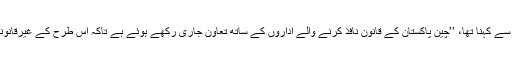
اسلام آباد میں واقع چینی سفارت خانے کا اس حوالے سے کہنا تھا، ’’چین پاکستان کے قانون نافذ کرنے والے اداروں کے ساتھ تعاون جاری رکھے ہوئے ہے تاکہ اس طرح کے غیرقانونی شادی مراکز کے خلاف کریک ڈاؤن کیا جا سکے۔